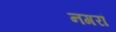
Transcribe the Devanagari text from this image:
नगरां